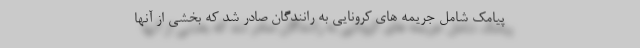
پیامک شامل جریمه های کرونایی به رانندگان صادر شد که بخشی از آنها